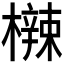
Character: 𬅀